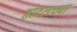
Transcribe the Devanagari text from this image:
होटलच्या